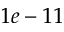
1 e - 1 1